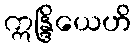
ဣန္ဒြိယေဟိ